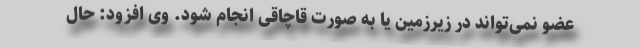
عضو نمی‌تواند در زیرزمین یا به صورت قاچاقی انجام شود. وی افزود: حال